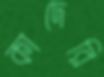
কাদেরি